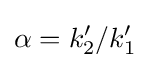
\alpha =k'_{2}/k'_{1}